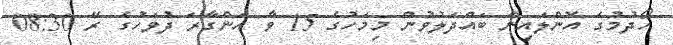
ހޯދުމުގެ އޮންލައިން ބައްދަލުވުން މިމަހުގެ 15 ވާ އަންގާރަ ދުވަހުގެ ރޭ 08:30